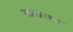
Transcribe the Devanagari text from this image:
सासरचा